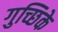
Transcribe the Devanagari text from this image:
गुच्छिके